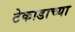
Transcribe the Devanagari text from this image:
टेकाडाच्या